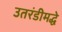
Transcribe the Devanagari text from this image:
उतरंडीमद्धे